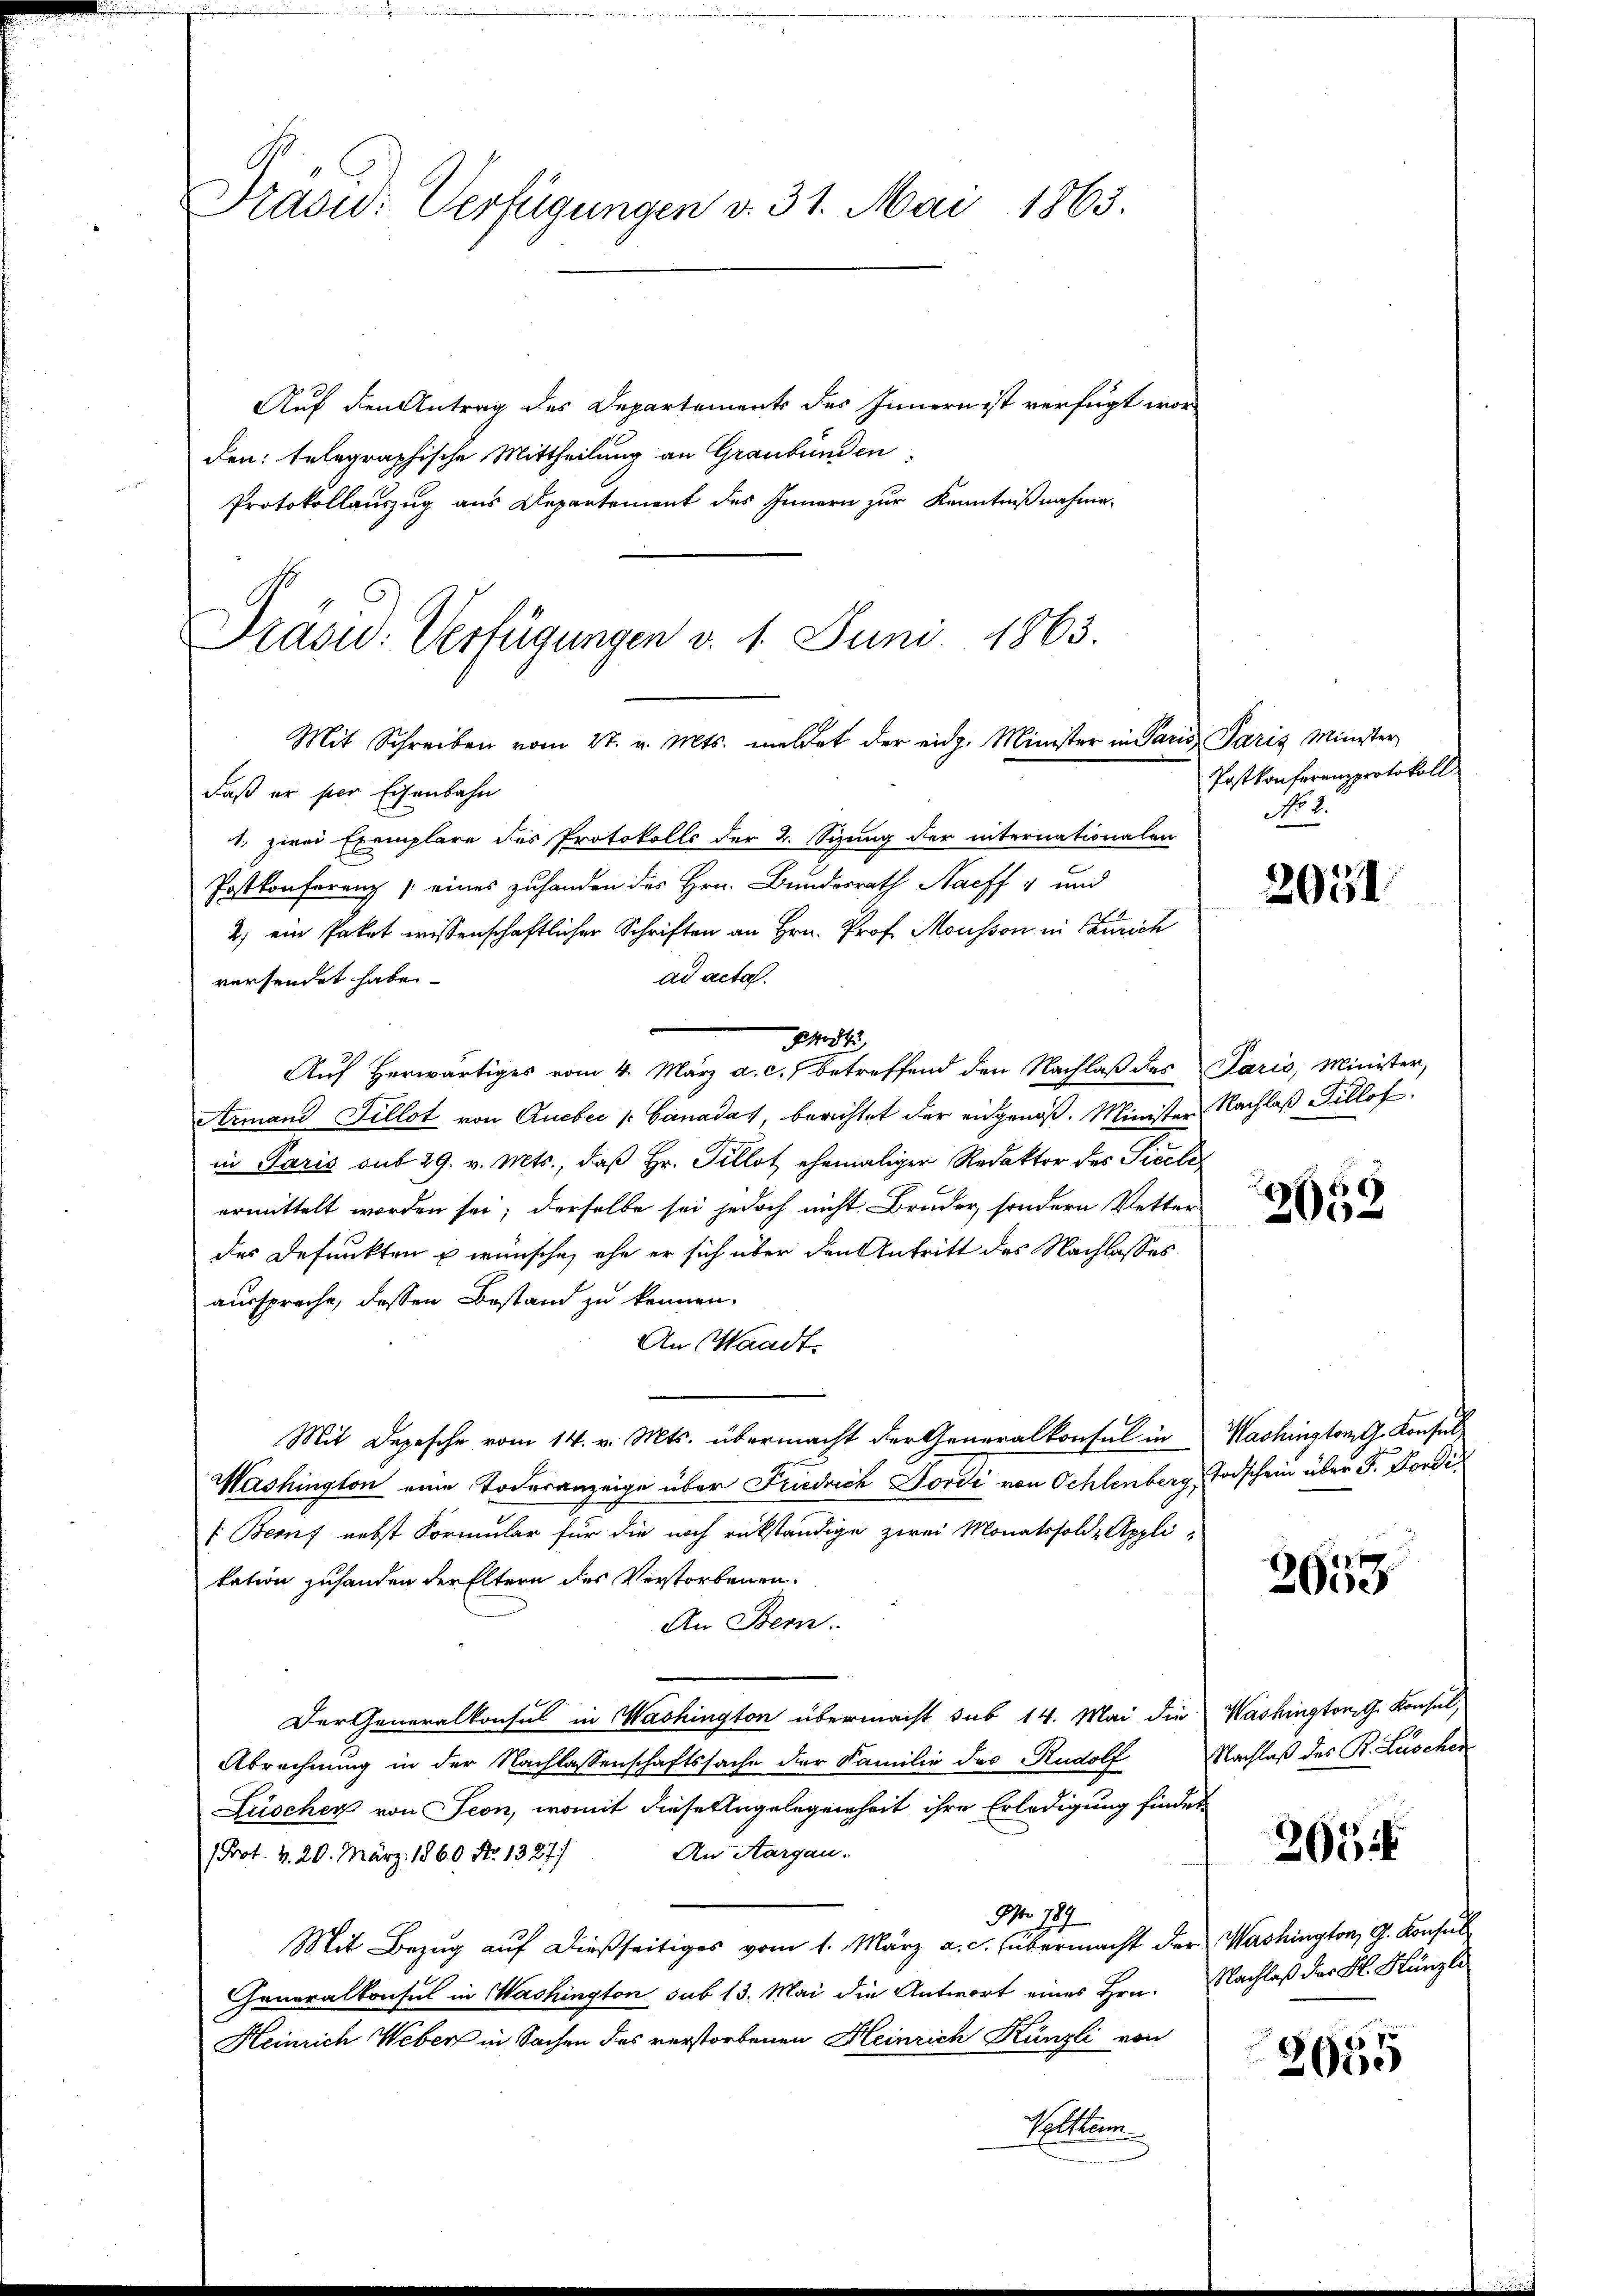
Präsidi Verfügungen v. 31. Mai 1863.

Auf den Antrag des Departements des Innern ist verfügt worden: telegraphische Mittheilung an Graubünden,
Protokollauszug aus Departement des Innern zur Kenntnißnahme.

Prasid. Verfügungen v. 1. Juni 1863.
Mit Schreiben vom 27. v. Mts. meldet der eidg. Minister in Paris Paris Minister
daß er per Eisenbahn

zwei Exemplare des Protokolls der 2. Sizung der internationalen
Postkonferenz eines zuhanden des Hrn. Bundesrath Harff und
2) ein Paket wissenschaftlicher Schriften an Hrn. Prof. Mousson in Zürich
ad acta.
versendet habe.
Podt
Auf Herwärtiges vom 4. März a. c. betreffend den Nachlaß des Paris, Minister,
Armand Fillot von Queber Canadas berichtet der eidgenoß. Minister Nachlaß Tillof
in Paris aus 29. v. Mts., daß Hr. Tillot ehemaliger Redaktor des Sicile
ermittelt worden sei; derselbe sei jedoch nicht Bruder, sondern Vetter
des Defunkten u wünsche, ehe er sich über den Antritt des Nachlasses
aussprache, dessen Bestand zu können.
An Waadt
Mit Depesche vom 14. v. Mts. übermacht der Generalkonsul in
Mashington eine Todesanzeige über Friedrich Forde von Oehlenberg,
Beruf nebst Formular für die noch rükständige zwei Monatssolde Appli-
kation zuhanden der Eltern des Verstorbenen.
An Bern.
Der Generalkonsul in Washington übermacht sub 14. Mai die
Abrechnung in der Nachlassenschaftssache der Familie des Rudolf
Lüscher von Seon, womit diese Angelegenheit ihre Erledigung finder
An Aargau.
 Prot. v. 20. März 1860 S. 1327)
Nr. 189
Mit Bezug auf dießseitiges vom 1. März a. c. übermacht der Washington, G. Konsul
Generalkonsul in Washington sub 13. Mai die Antwort eines Hrn.
Heinrich Weber in Sachen des verstorbenen Heinrich Künzli von
Herkom

Postkonferenzprotokoll
No 2.

2051

x
200

Washington G. Konsul
Todschein über 3. Forden

2658

Washington G. Konsul,
Nachlaß des R. Lüschen

205

Nachlaß des K. Künzli

2055